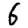
Digit: 6